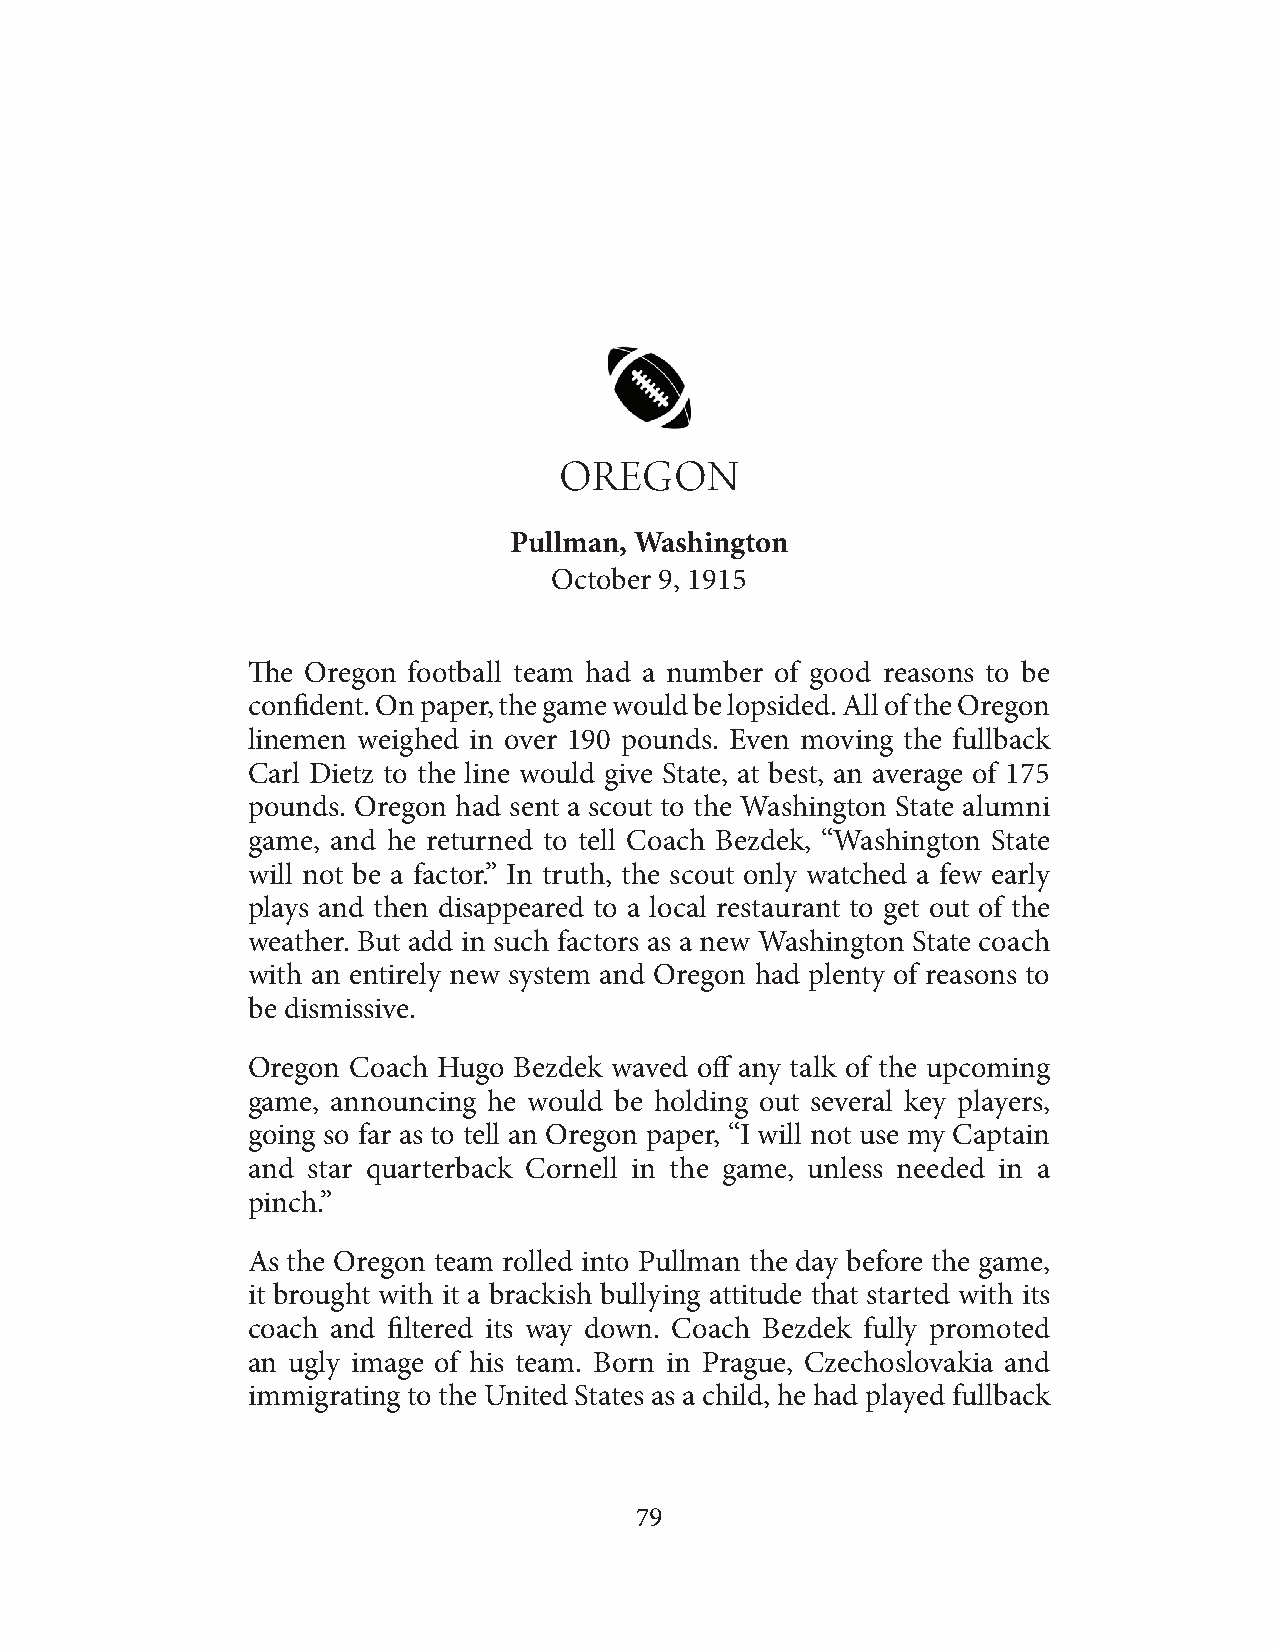
OREGON
 Pullman, Washington
 October 9, 1915
 The Oregon football team had a number of good reasons to be
 confident. On paper, the game would be lopsided. All of the Oregon
 linemen weighed in over 190 pounds. Even moving the fullback
 Carl Dietz to the line would give State, at best, an average of 175
 pounds. Oregon had sent a scout to the Washington State alumni
 game, and he returned to tell Coach Bezdek, “Washington State
 will not be a factor.” In truth, the scout only watched a few early
 plays and then disappeared to a local restaurant to get out of the
 weather. But add in such factors as a new Washington State coach
 with an entirely new system and Oregon had plenty of reasons to
 be dismissive.
 Oregon Coach Hugo Bezdek waved off any talk of the upcoming
 game, announcing he would be holding out several key players,
 going so far as to tell an Oregon paper, “I will not use my Captain
 and star quarterback Cornell in the game, unless needed in a
 pinch.”
 As the Oregon team rolled into Pullman the day before the game,
 it brought with it a brackish bullying attitude that started with its
 coach and filtered its way down. Coach Bezdek fully promoted
 an ugly image of his team. Born in Prague, Czechoslovakia and
 immigrating to the United States as a child, he had played fullback
 79